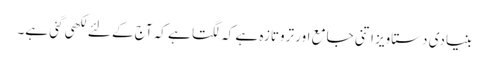
بنیادی دستاویز اتنی جامع اور تروتازہ ہے کہ لگتا ہے کہ آج کے لئے لکھی گئی ہے۔